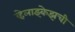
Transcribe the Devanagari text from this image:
व्हेलाझ्केझची